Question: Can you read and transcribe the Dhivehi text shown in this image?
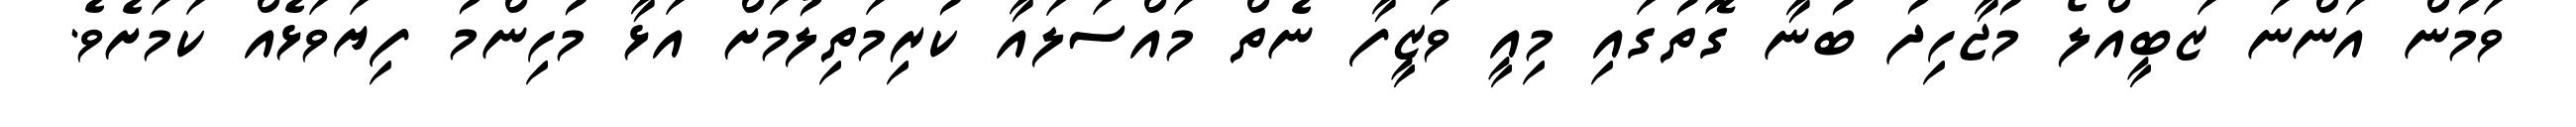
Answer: ވަމުން އަންނަ ޒަބީއްލޯ މުޖާހިދު ބުނާ ގޮތުގައި މިއީ ވަޒީފާ ނެތް މައްސަލައާ ކުރިމަތިލުމަށް އަޅާ މުހިންމު ފިޔަވަޅެއް ކަމަށެވެ.